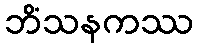
ဘိံသနကဿ